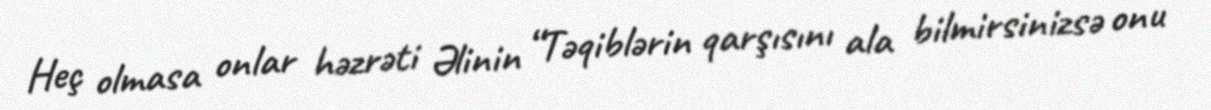
Heç olmasa onlar həzrəti Əlinin “Təqiblərin qarşısını ala bilmirsinizsə onu